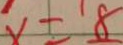
x = 8